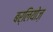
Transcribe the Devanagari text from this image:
बर्लियोज़